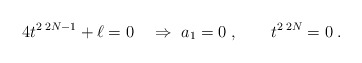
\begin{align*} 4t^{2\; 2N-1}+\ell=0\quad \Rightarrow \ a_1=0\;, \qquad t^{2\; 2N}=0\;.\end{align*}